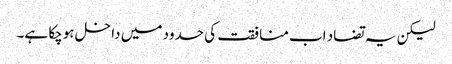
لیکن یہ تضاد اب منافقت کی حدود میں داخل ہوچکا ہے۔